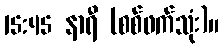
15:45 နာရီ (စစ်ဖက်သုံး)။